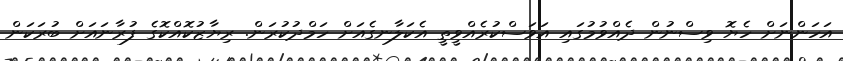
އަހަންނަށް ހެޔޮ ވިސްނުން ދެއްވުމުގައި އަވަސްކުރެއްވީތީ އެކަލާނގެއަށް ހަމްދުކުރަން. ރިޔާޒުކޮއްކޮގެ ފުރާނައަށް ބުރަކަން